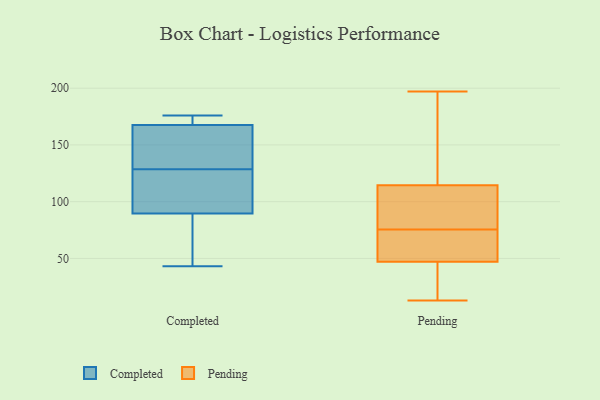
{"axis": {"x": "LTV (USD)", "y": "Value"}, "legend": ["Completed", "Pending"], "data": [{"x": "", "y": 43, "type": "Completed"}, {"x": "", "y": 91, "type": "Completed"}, {"x": "", "y": 88, "type": "Completed"}, {"x": "", "y": 171, "type": "Completed"}, {"x": "", "y": 173, "type": "Completed"}, {"x": "", "y": 164, "type": "Completed"}, {"x": "", "y": 120, "type": "Completed"}, {"x": "", "y": 176, "type": "Completed"}, {"x": "", "y": 137, "type": "Completed"}, {"x": "", "y": 141, "type": "Completed"}, {"x": "", "y": 70, "type": "Completed"}, {"x": "", "y": 115, "type": "Completed"}, {"x": "", "y": 78, "type": "Pending"}, {"x": "", "y": 116, "type": "Pending"}, {"x": "", "y": 73, "type": "Pending"}, {"x": "", "y": 73, "type": "Pending"}, {"x": "", "y": 108, "type": "Pending"}, {"x": "", "y": 104, "type": "Pending"}, {"x": "", "y": 119, "type": "Pending"}, {"x": "", "y": 150, "type": "Pending"}, {"x": "", "y": 184, "type": "Pending"}, {"x": "", "y": 84, "type": "Pending"}, {"x": "", "y": 30, "type": "Pending"}, {"x": "", "y": 113, "type": "Pending"}, {"x": "", "y": 70, "type": "Pending"}, {"x": "", "y": 60, "type": "Pending"}, {"x": "", "y": 13, "type": "Pending"}, {"x": "", "y": 34, "type": "Pending"}, {"x": "", "y": 34, "type": "Pending"}, {"x": "", "y": 67, "type": "Pending"}, {"x": "", "y": 197, "type": "Pending"}, {"x": "", "y": 22, "type": "Pending"}]}